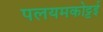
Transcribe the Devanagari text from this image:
पलयमकोट्टई